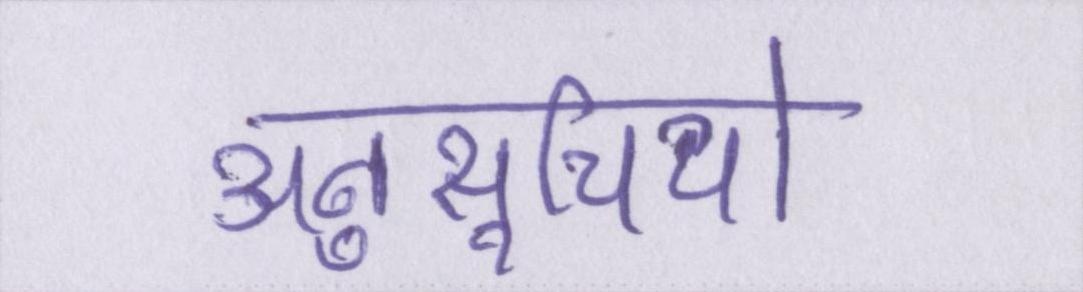
अनुसूचियों